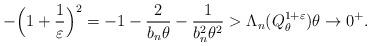
LaTeX: \begin{align*}-\Big(1+\frac{1}{\varepsilon}\Big)^2=-1-\frac{2}{b_{n}\theta}-\frac{1}{b_{n}^{2}\theta^{2}}> \Lambda_n(Q^{1+\varepsilon}_\theta) \theta\to 0^+.\end{align*}